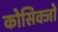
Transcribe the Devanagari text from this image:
कोसिक्जो